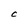
Character: C